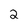
Character: 2